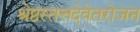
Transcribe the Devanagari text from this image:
श्रेष्ठस्तत्तदेवेतरोजन